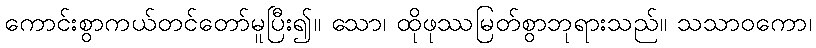
ကောင်းစွာကယ်တင်တော်မူပြီး၍။ သော၊ ထိုဖုဿမြတ်စွာဘုရားသည်။ သသာဝကော၊